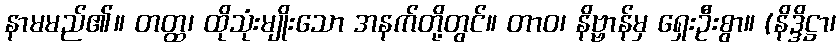
နာမမည်၏။ တတ္ထ၊ ထိုသုံးမျိုးသော အနက်တို့တွင်။ တာဝ၊ နိဗ္ဗာန်မှ ရှေးဦးစွာ။ (နိဒ္ဒိဋ္ဌာ၊